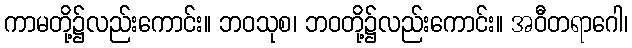
ကာမတို့၌လည်းကောင်း။ ဘဝသုစ၊ ဘဝတို့၌လည်းကောင်း။ အဝီတရာဂေါ၊